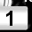
Digit: 1